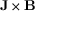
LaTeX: \mathbf { J } \times \mathbf { B }